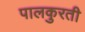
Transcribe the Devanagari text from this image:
पालकुरती